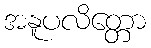
အနူပလိတ္တော